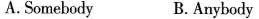
A.Somebody B.Anybody